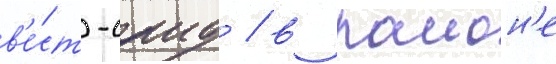
в'е́ст-саид / в раион'е